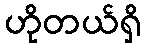
ဟိုတယ်ရှိ